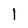
Character: l